Annual administration report of the Civil Veterinary Department of India - 1894-1895
Year: 1894
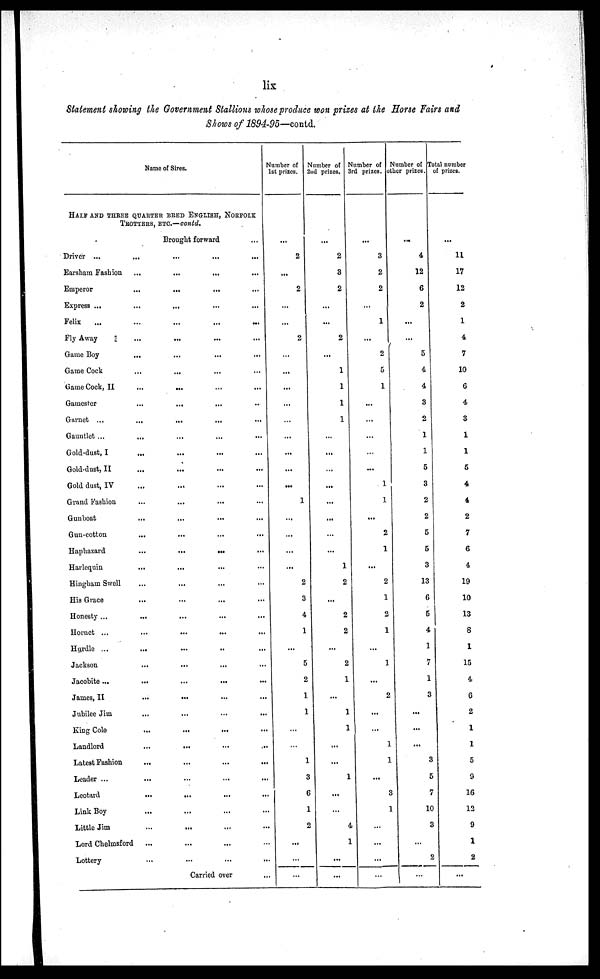
lix
Statement showing the Government Stallions whose produce won prizes at the Horse Fairs and
Shows of 1894-95—contd.
Name of Sires.
HALF AND THREE QUARTER BRED ENGLISH, NORFOLK
TROTTERS, ETC.—contd.
Brought forward
...
Driver ...
...
...
...
...
Earsham Fashion...
...
...
...
Emperor
...
...
...
...
Express ...
...
...
...
...
Felix
...
...
...
...
...
Fly Away
...
...
...
...
Game Boy
...
...
...
...
Game Cock
...
...
...
...
Game Cock, II
...
...
...
...
Gamester
...
...
...
...
Garnet ...
...
...
...
...
Gauntlet ...
...
...
...
...
Gold-dust, I
...
...
...
...
Gold-dust, II
...
...
...
...
Gold dust, IV
...
...
...
...
Grand Fashion
...
...
...
...
Gunboat
...
...
...
...
Gun-cotton
...
...
...
...
Haphazard
...
...
...
...
Harlequin
...
...
...
...
Hingham Swell
...
...
... …
His Grace
...
...
...
...
Honesty ...
...
...
...
...
Hornet ...
...
...
...
...
Hurdle ...
...
...
..
...
Jackson
...
...
...
...
Jacobite...
...
...
...
...
James, II
...
...
...
...
Jubilee Jim
...
...
...
...
King Cole
...
...
...
...
Landlord
...
...
... ...
Latest Fashion
...
...
...
...
Leader ...
...
...
...
...
Leotard
...
...
...
...
Link Boy
...
...
...
...
Little Jim
...
...
...
...
Lord Chelmsford ...
...
...
...
Lottery
...
...
...
...
Carried over
...
Number of
1st prizes.
...
2
...
2
...
...
2
...
...
...
...
...
...
...
...
...
1
...
...
...
...
2
3
4
1
...
5
2
1
1
...
...
1
3
6
1
2
...
...
...
Number of
2nd prizes.
...
2
3
2
...
...
2
...
1
1
1
1
...
...
...
...
...
...
...
...
1
2
...
2
2
...
2
1
...
1
1
...
...
1
...
...
4
1
...
...
Number of
3rd prizes.
...
3
2
2
...
1
...
2
5
1
...
...
...
…
...
1
1
...
2
1
...
2
1
2
1
...
1
...
2
...
...
1
1
...
3
1
...
...
...
…
Number of
other prizes.
...
4
12
6
2
...
...
5
4
4
3
2
1
1
5
3
2
2
5
5
3
13
6
5
4
1
7
1
3
...
...
...
3
5
7
10
3
...
2
...
Total number
of prizes.
...
11
17
12
2
1
4
7
10
6
4
3
1
1
5
4
4
2
7
6
4
19
10
13
8
1
15
4
6
2
1
1
5
9
16
12
9
1
2
...